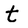
Character: t